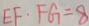
E F \cdot F G = 8